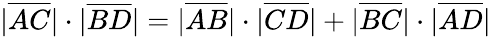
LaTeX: |{\overline{{AC}}}|\cdot|{\overline{{BD}}}|=|{\overline{{AB}}}|\cdot|{\overline{{CD}}}|+|{\overline{{BC}}}|\cdot|{\overline{{AD}}}|